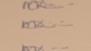
Signature authenticity: genuine